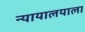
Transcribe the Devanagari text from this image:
न्यायालयाला